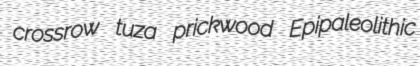
crossrow tuza prickwood Epipaleolithic